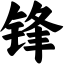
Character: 锋